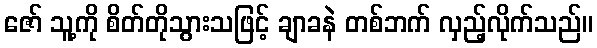
ဇော် သူ့ကို စိတ်တိုသွားသဖြင့် ချာခနဲ တစ်ဘက် လှည့်လိုက်သည်။